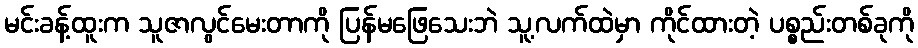
မင်းခန့်ထူးက သူဇာလွင်မေးတာကို ပြန်မဖြေသေးဘဲ သူ့လက်ထဲမှာ ကိုင်ထားတဲ့ ပစ္စည်းတစ်ခုကို